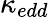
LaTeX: \kappa_{edd}